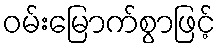
ဝမ်းမြောက်စွာဖြင့်